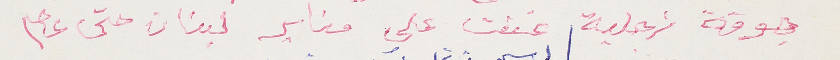
جوقة زجلية غنت على منابر لبنان حتى عام